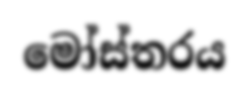
මෝස්තරය